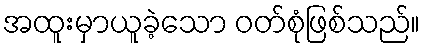
အထူးမှာယူခဲ့သော ဝတ်စုံဖြစ်သည်။